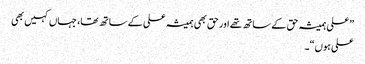
”علی ہمیشہ حق کے ساتھ تھے اور حق بھی ہمیشہ علی کے ساتھ تھا، جہاں کہیں بھی
علی ہوں“۔